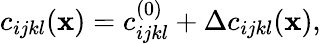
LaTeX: c_{ijkl}({\mathbf x})=c_{ijkl}^{(0)}+\Delta c_{ijkl}({\mathbf x}),